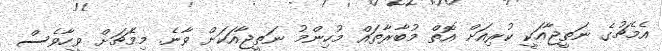
އެމެޗުގެ ނަތީޖާއަކީ ކުރިއަށް އޮތް މުބާރާތައް މުހިންމު ނަތީޖާއަކަށް ވާނެ. މިމެޗަށް ވީހާވެސް